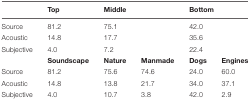
|  | Top | <COLSPAN=2> Middle | <COLSPAN=2> Bottom |
 | --- | --- | --- | --- | --- | --- |
 | Source | 81.2 | <COLSPAN=2> 75.1 | <COLSPAN=2> 42.0 |
 | Acoustic | 14.8 | <COLSPAN=2> 17.7 | <COLSPAN=2> 35.6 |
 | Subjective | 4.0 | <COLSPAN=2> 7.2 | <COLSPAN=2> 22.4 |
 |  | Soundscape | Nature | Manmade | Dogs | Engines |
 | Source | 81.2 | 75.6 | 74.6 | 24.0 | 60.0 |
 | Acoustic | 14.8 | 13.8 | 21.7 | 34.0 | 37.1 |
 | Subjective | 4.0 | 10.7 | 3.8 | 42.0 | 2.9 |